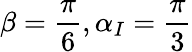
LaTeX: \beta=\frac{\pi}{6},\alpha_{I}=\frac{\pi}{3}